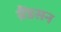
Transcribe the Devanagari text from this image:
ग्रैंडसन